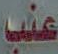
عنب